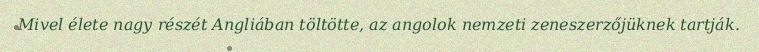
Mivel élete nagy részét Angliában töltötte, az angolok nemzeti zeneszerzőjüknek tartják.